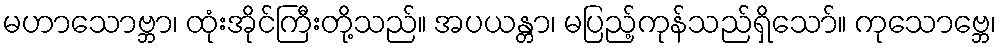
မဟာသောဗ္ဘာ၊ ထုံးအိုင်ကြီးတို့သည်။ အပယန္တာ၊ မပြည့်ကုန်သည်ရှိသော်။ ကုသောဗ္ဘေ၊